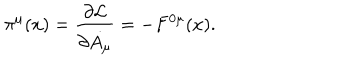
\pi ^ { \mu } ( x ) = \frac { \partial { \cal { L } } } { \partial \dot { A _ { \mu } } } = - F ^ { 0 \mu } ( x ) .